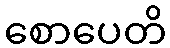
စောပေတိ